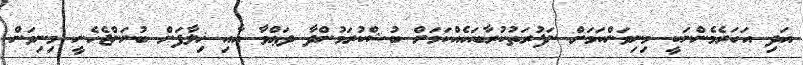
އަދި އަހަރެމެންނަކީ މިނިވަންކަމަށް ނަފުރަތުކުރާބައެއްކަމަށް ބުޝްކުރަމުންދާ ދަޢްވާ އާއި ޚިލާފަށް ބުނަންޖެހެނީ މިނިވަން